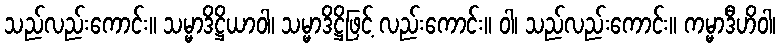
သည်လည်းကောင်း။ သမ္မာဒိဋ္ဌိယာဝါ၊ သမ္မာဒိဋ္ဌိဖြင့် လည်းကောင်း။ ဝါ၊ သည်လည်းကောင်း။ ကမ္မာဒီဟိဝါ၊